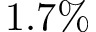
1 . 7 \%